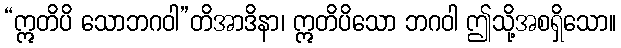
“ဣတိပိ သောဘဂဝါ”တိအာဒိနာ၊ ဣတိပိသော ဘဂဝါ ဤသို့အစရှိသော။